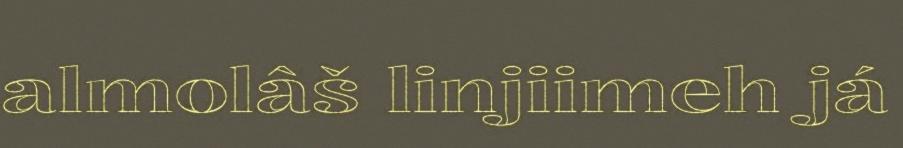
almolâš linjiimeh já